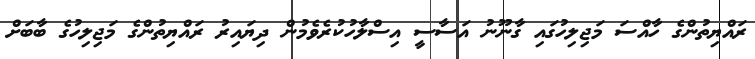
ރައްޔިތުންގެ ހާއްސަ މަޖިލިހުގައި ގާނޫނު އަސާސީ އިސްލާހުކުރެވެމުން ދިޔައިރު ރައްޔިތުންގެ މަޖިލިހުގެ ބާބަށް